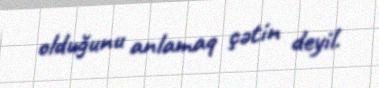
olduğunu anlamaq çətin deyil.